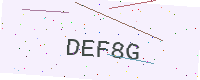
Text: DEF8G